Annual administration report of the Civil Veterinary Department of India - 1908-1909
Year: 1908
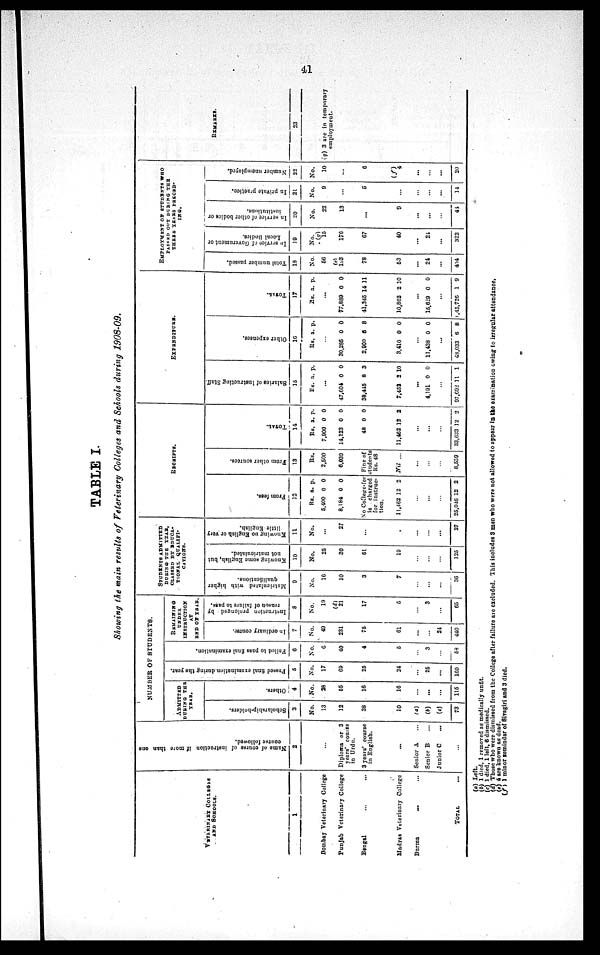
41
TABLE I.
Showing the main results of Veterinary Colleges and Schools during 1908-09.
VETERINARY COLLEGES
AND SCHOOLS.
1
Bombay Vetorinary College
Punjab Veterinary College
Bengal ... ....
Madras Veterinary College
Burma
...
...
TOTAL ...
Name of course of instruction if more than one
course followed.
2
...
Diploma or 3
years' course
in Urdu.
3 years' course
in English.
...
Senior A ...
Senior B ...
Junior C
...
...
NUMBER OF STUDENTS.
ADMITTRD
DURING THE
YEAR.
Scholarship-holders.
3
No.
13
12
38
10
(a)
(b)
(c)
73
Others.
4
No.
28
55
16
16
...
...
...
115
Passed final examination during the year.
5
No.
17
69
25
24
...
25
...
160
Failed to pass final examination.
6
No.
6
40
4
5
...
3
...
58
REMAINING
UNDER
INSTRUCTION
XT
END OF YEAR.
In ordinary course.
7
No.
49
231
75
61
...
...
24
440
Instruction prolonged by
reason of failure to pass.
8
No.
19
(d)
21
17
5
...
3
...
65
STUDENTS ADMITTED
DURING THE YEAR,
CLASSED BY PDUCA-
TIONAL
QUALIEI-
CATIONS.
Matriculated with higher
qualifications.
9
No.
16
10
3
7
...
...
...
36
Knowing some English, but
not matriculated.
10
No.
25
30
51
10
...
...
...
125
Knowing
no English or very
little English.
11
No.
died, 1 left, 6 dismissed.
27
...
.
...
...
...
27
RECEIPTS.
Fr om fees.
12
Rs.
5,400
8,184
a.
0
0
p.
0
0
No College-fee
is charged
students for instruc-
tion 11,462
...
...
...
25,046
12
12
2
2
From
other sources.
13
Rs.
2,500
6,039
Fine of
students
Rs. 48
Nil ...
...
...
...
8,530
Tot al .
14
Rs.
7,900
14,223
48
11,462
...
...
...
33,633
a.
0
0
0
12
12
p.
0
0
0
2
2
EXPENDITURE.
Sal ar i
es of I ns t
r uct i
ng St af f .
15
Rs.
...
47,604
38,445
7,452
...
4,191
...
97,692
a.
0
8
2
0
11
p.
0
3
10
0
1
Ot her e xpe ns e s .
16
Rs.
...
30,285
2,900
3,410
...
11,438
...
48,033
a.
0
5
0
0
6
p.
0
8
0
0
8
Tot al .
17
Rs.
...
77,889
41,345
10,862
...
15,829
...
1,45,726
a.
0
14
2
0
1
p.
0
11
10
0
9
EMPLOYMENT OF STUDRNTS WHO
PASSED OUT DURING THE
THREE YEARS PRECRD-
ING.
Total number passed.
18
No.
56
(c)
183
78
53
...
24
...
404
In service of Government or
Local Bodies.
19
No.
(g)
15
176
67
40
...
21
...
322
In service of other bodies or
institutions.
20
No.
22
13
...
9
...
...
...
44
In private practice.
21
No.
9
...
5
...
...
...
...
14
Number unemployed.
22
No.
10
...
6
(f)
4
...
...
...
20
REMARKS.
23
(q) 3 are in temporary
employment.
(a) Left.
(b) 1 died, 1 removed as medically unfit.
(c) 1 died, 1 left, 6 dismissed.
(d) Those who were dismissed from the College after failure are excluded. This includes 3 men who were not allowed to appear in the examination owing to irregular attendance.
(e) 4 are known as dead.
(f) 1 minor remindar of Sivagiri and 3 died.